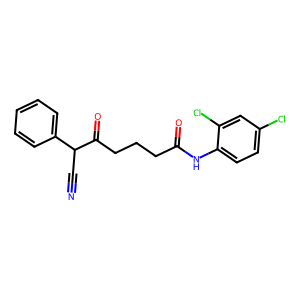
SMILES: N#CC(C(=O)CCCC(=O)Nc1ccc(Cl)cc1Cl)c1ccccc1
Inhibits HIV replication: No